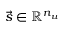
\vec { s } \in \mathbb R ^ { n _ { u } }